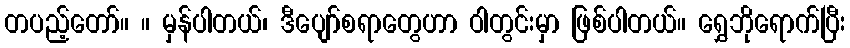
တပည့်တော်။ ။ မှန်ပါတယ်၊ ဒီပျော်စရာတွေဟာ ဝါတွင်းမှာ ဖြစ်ပါတယ်။ ရွှေဘိုရောက်ပြီး